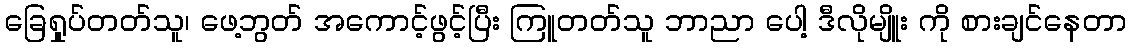
ခြေရှုပ်တတ်သူ၊ ဖေ့ဘွတ် အကောင့်ဖွင့်ပြီး ကြူတတ်သူ ဘာညာ ပေါ့ ဒီလိုမျိူး ကို စားချင်နေတာ